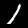
Label: 1